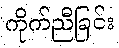
ကိုက်ညီခြင်း